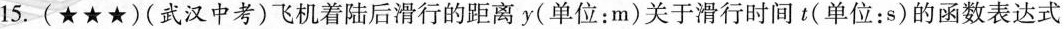
15.(★★★)(武汉中考)飞机着陆后滑行的距离y(单位：m)关于滑行时间t(单位：s)的函数表达式